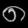
Digit: ၈